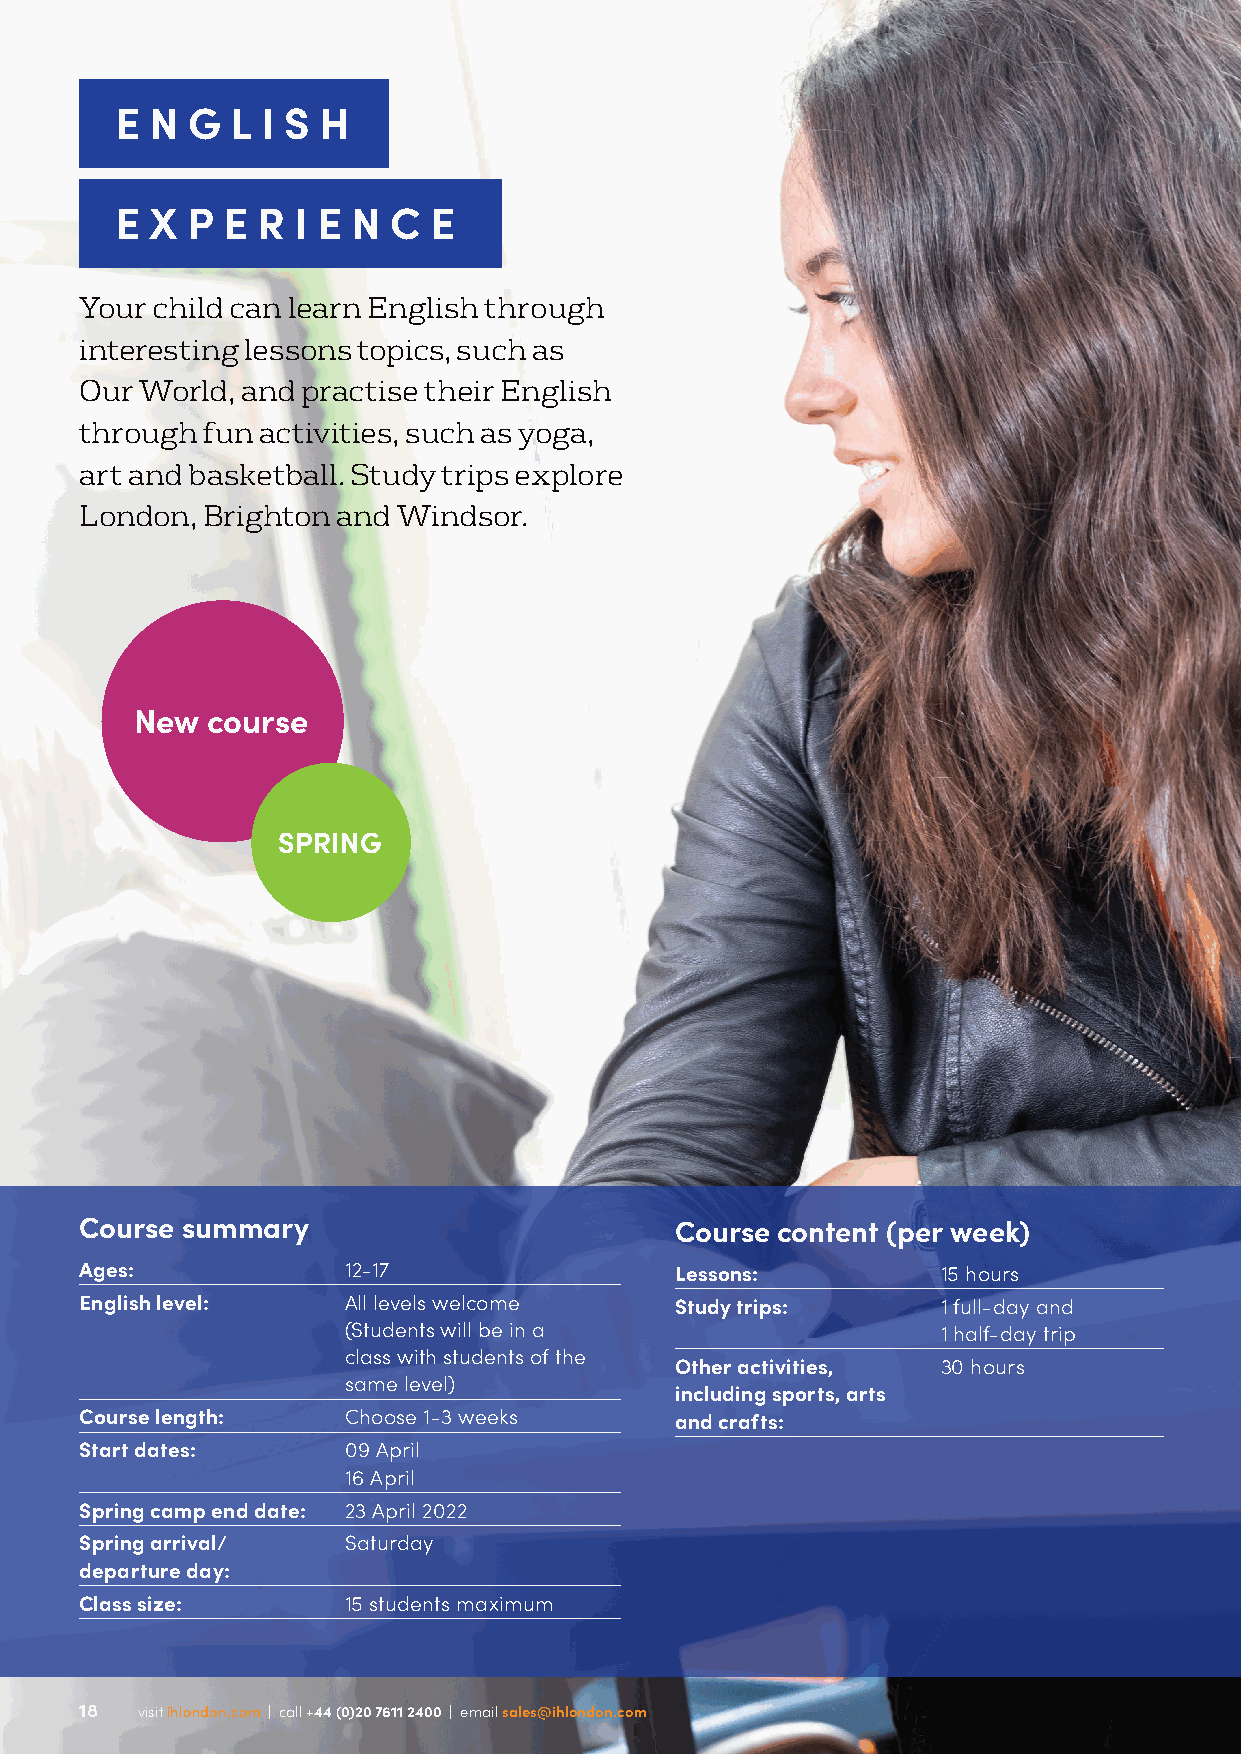
E N G  L I S H
 E X P  E R I E N  C E
 Your child can learn English through
 interesting lessons topics, such as
 Our World, and practise their English
 through fun activities, such as yoga,
 art and basketball. Study trips explore
 London, Brighton and Windsor.
 New  course
 SPRING
 Course summary                          Course content (per week)
 Ages:             12-17                 Lessons:         15 hours
 English level:    All levels welcome    Study trips:     1 full-day and
 (Students will be in a                 1 half-day trip
 class with students of the
 Other activities, 30 hours
 same level)
 including sports, arts
 Course length:    Choose 1-3 weeks      and crafts:
 Start dates:      09 April
 16 April
 Spring camp end date: 23 April 2022
 Spring arrival/   Saturday
 departure day:
 Class size:       15 students maximum
 1188 vviissiitt iihhlloonnddoonn..ccoomm || ccaallll ++4444 ((00))2200 77661111 22440000 || eemmaaiill ssaalleess@@iihhlloonnddoonn..ccoomm